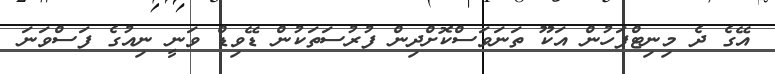
އޭގެ ދެ މިނިޓްފަހުން އަކޫ ތަނަވަސްކޮށްދިން ފުރުސަތަކުން ޑޭވިޑް ވަނީ ނިއުގެ ފަސްވަނަ